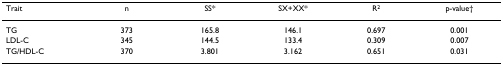
<table><thead><tr><td><b>Trait</b></td><td><b>n</b></td><td><b>SS*</b></td><td><b>SX+XX*</b></td><td><b>R<sup>2</sup></b></td><td><b>p-value†</b></td></tr></thead><tbody><tr><td>TG</td><td>373</td><td>165.8</td><td>146.1</td><td>0.697</td><td>0.001</td></tr><tr><td>LDL-C</td><td>345</td><td>144.5</td><td>133.4</td><td>0.309</td><td>0.007</td></tr><tr><td>TG/HDL-C</td><td>370</td><td>3.801</td><td>3.162</td><td>0.651</td><td>0.031</td></tr></tbody></table>